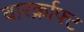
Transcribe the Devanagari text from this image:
वारर्क्राफ्ट